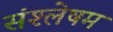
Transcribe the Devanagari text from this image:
संश्लेषम